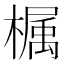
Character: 𣚚